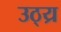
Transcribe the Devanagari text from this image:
उठ्य्र